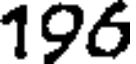
196